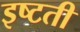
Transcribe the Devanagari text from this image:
इष्टती